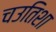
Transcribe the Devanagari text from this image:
चउतिशा